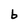
Character: b